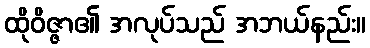
ထိုဝိဇ္ဇာ၏ အလုပ်သည် အဘယ်နည်း။